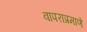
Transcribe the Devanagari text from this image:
वापराप्रमाणे